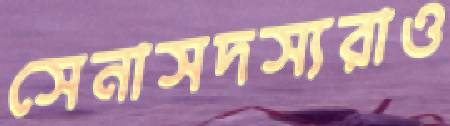
সেনাসদস্যরাও